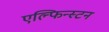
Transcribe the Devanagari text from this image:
एल्फिन्‍स्टन